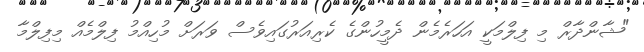
"ޝާންދާރް މި ފިލްމަކީ އަހަރެމެން ދެމީހުންގެ ކެރިއަރުގައިވެސް ވަރަށް މުހިއްމު ފިލްމެއް މިފިލްމާ